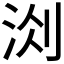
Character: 𭰐